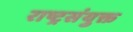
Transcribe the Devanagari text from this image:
राष्ट्रसंयुक्त